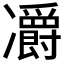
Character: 𠘣